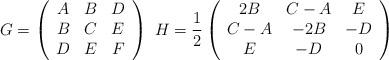
LaTeX: \begin{align*}G = \left( {\begin{array}{*{20}c} A & B & D \\ B & C & E \\ D & E & F \\ \end{array} } \right)\,\,{}H = \frac{1}{2}\left( {\begin{array}{*{20}c} {2B} & {C - A} & E \\ {C - A} & { - 2B} & { - D} \\ E & { - D} & 0 \\ \end{array} } \right)\end{align*}